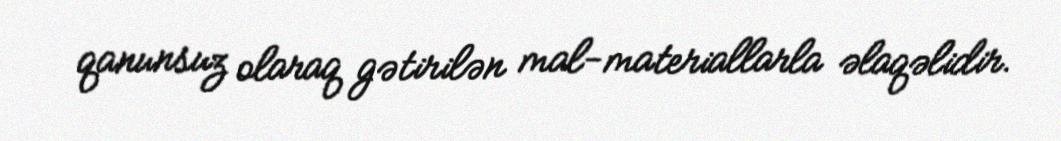
qanunsuz olaraq gətirilən mal-materiallarla əlaqəlidir.